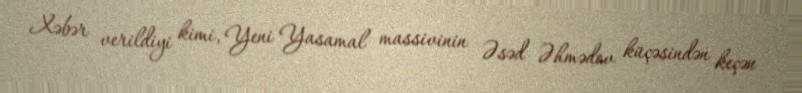
Xəbər verildiyi kimi, Yeni Yasamal massivinin Əsəd Əhmədov küçəsindən keçən